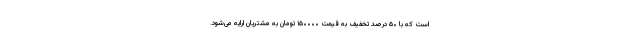
است که با ۵۰ درصد تخفیف به قیمت ۱۵۰۰۰۰ تومان به مشتریان ارایه می‌شود.